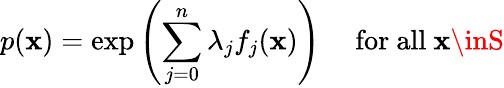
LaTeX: p(\mathbf{x})=\exp\left(\sum_{j=0}^{n}\lambda_{j}f_{j}(\mathbf{x})\right)\quad{\mathrm{{~for~all~}}}\mathbf{x}\inS